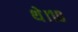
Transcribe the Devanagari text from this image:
थे।१०